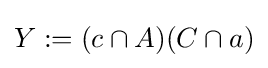
Y:=(c\cap A)(C\cap a)